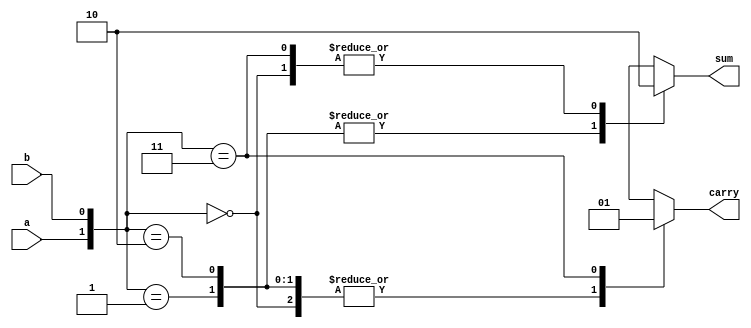
module half_adder(sum,carry,a,b);
  input wire a,b;
  output sum,carry;
  
  //by gate level structural
 // xor(sum,a,b);
 // and (carry,a,b);
  
 //by data flow
  
  //assign sum = a^b;
  //assign carry=a*b;
  // or
 // assign {carry,sum}=a+b;
  
  // by behavioral
  
  reg sum,carry;
  
  always @(*)
    
    // by case 
    case({a , b} )
      2'b00 : begin sum=0; carry= 0; end
      2'b01 : begin sum=1; carry= 0; end
      2'b10 : begin sum=1; carry= 0; end
      2'b11 : begin sum=0; carry= 1; end
      
    endcase
  
endmodule